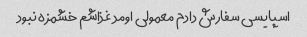
اسپایسی سفارش دادم معمولی اومد غذاشم خشمزه نبود